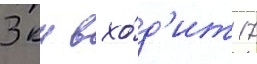
3 км вхо́д'ит 17